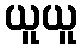
ယူယူ